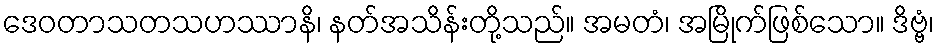
ဒေဝတာသတသဟဿာနိ၊ နတ်အသိန်းတို့သည်။ အမတံ၊ အမြိုက်ဖြစ်သော။ ဒိဗ္ဗံ၊